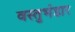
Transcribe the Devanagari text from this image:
वस्तुभंडार